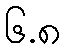
၆.၈